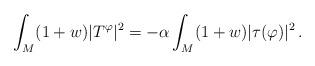
LaTeX: \begin{align*} \int_M (1+w)|T^\varphi|^2 = - \alpha \int_M (1+w)|\tau(\varphi)|^2 \, .\end{align*}